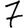
Digit: 7